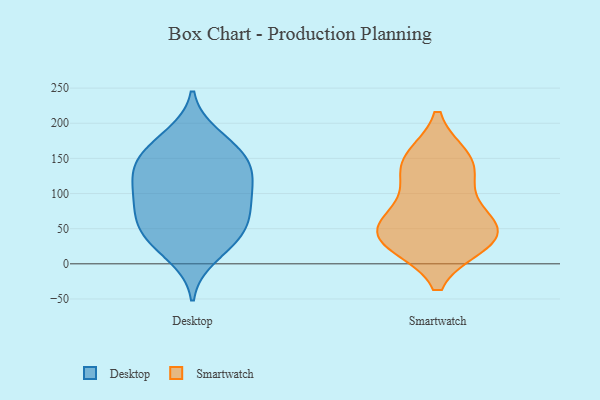
{"axis": {"x": "LTV (USD)", "y": "Value"}, "legend": ["Desktop", "Smartwatch"], "data": [{"x": "", "y": 44, "type": "Desktop"}, {"x": "", "y": 44, "type": "Desktop"}, {"x": "", "y": 48, "type": "Desktop"}, {"x": "", "y": 174, "type": "Desktop"}, {"x": "", "y": 150, "type": "Desktop"}, {"x": "", "y": 156, "type": "Desktop"}, {"x": "", "y": 69, "type": "Desktop"}, {"x": "", "y": 134, "type": "Desktop"}, {"x": "", "y": 10, "type": "Desktop"}, {"x": "", "y": 101, "type": "Desktop"}, {"x": "", "y": 70, "type": "Desktop"}, {"x": "", "y": 114, "type": "Desktop"}, {"x": "", "y": 141, "type": "Desktop"}, {"x": "", "y": 27, "type": "Desktop"}, {"x": "", "y": 93, "type": "Desktop"}, {"x": "", "y": 183, "type": "Desktop"}, {"x": "", "y": 92, "type": "Desktop"}, {"x": "", "y": 131, "type": "Desktop"}, {"x": "", "y": 138, "type": "Smartwatch"}, {"x": "", "y": 99, "type": "Smartwatch"}, {"x": "", "y": 30, "type": "Smartwatch"}, {"x": "", "y": 61, "type": "Smartwatch"}, {"x": "", "y": 150, "type": "Smartwatch"}, {"x": "", "y": 45, "type": "Smartwatch"}, {"x": "", "y": 145, "type": "Smartwatch"}, {"x": "", "y": 35, "type": "Smartwatch"}, {"x": "", "y": 29, "type": "Smartwatch"}, {"x": "", "y": 57, "type": "Smartwatch"}]}